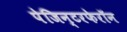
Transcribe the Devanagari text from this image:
पेजिन्टरफेरॉन